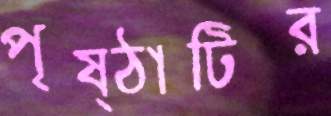
পৃষ্ঠাটির